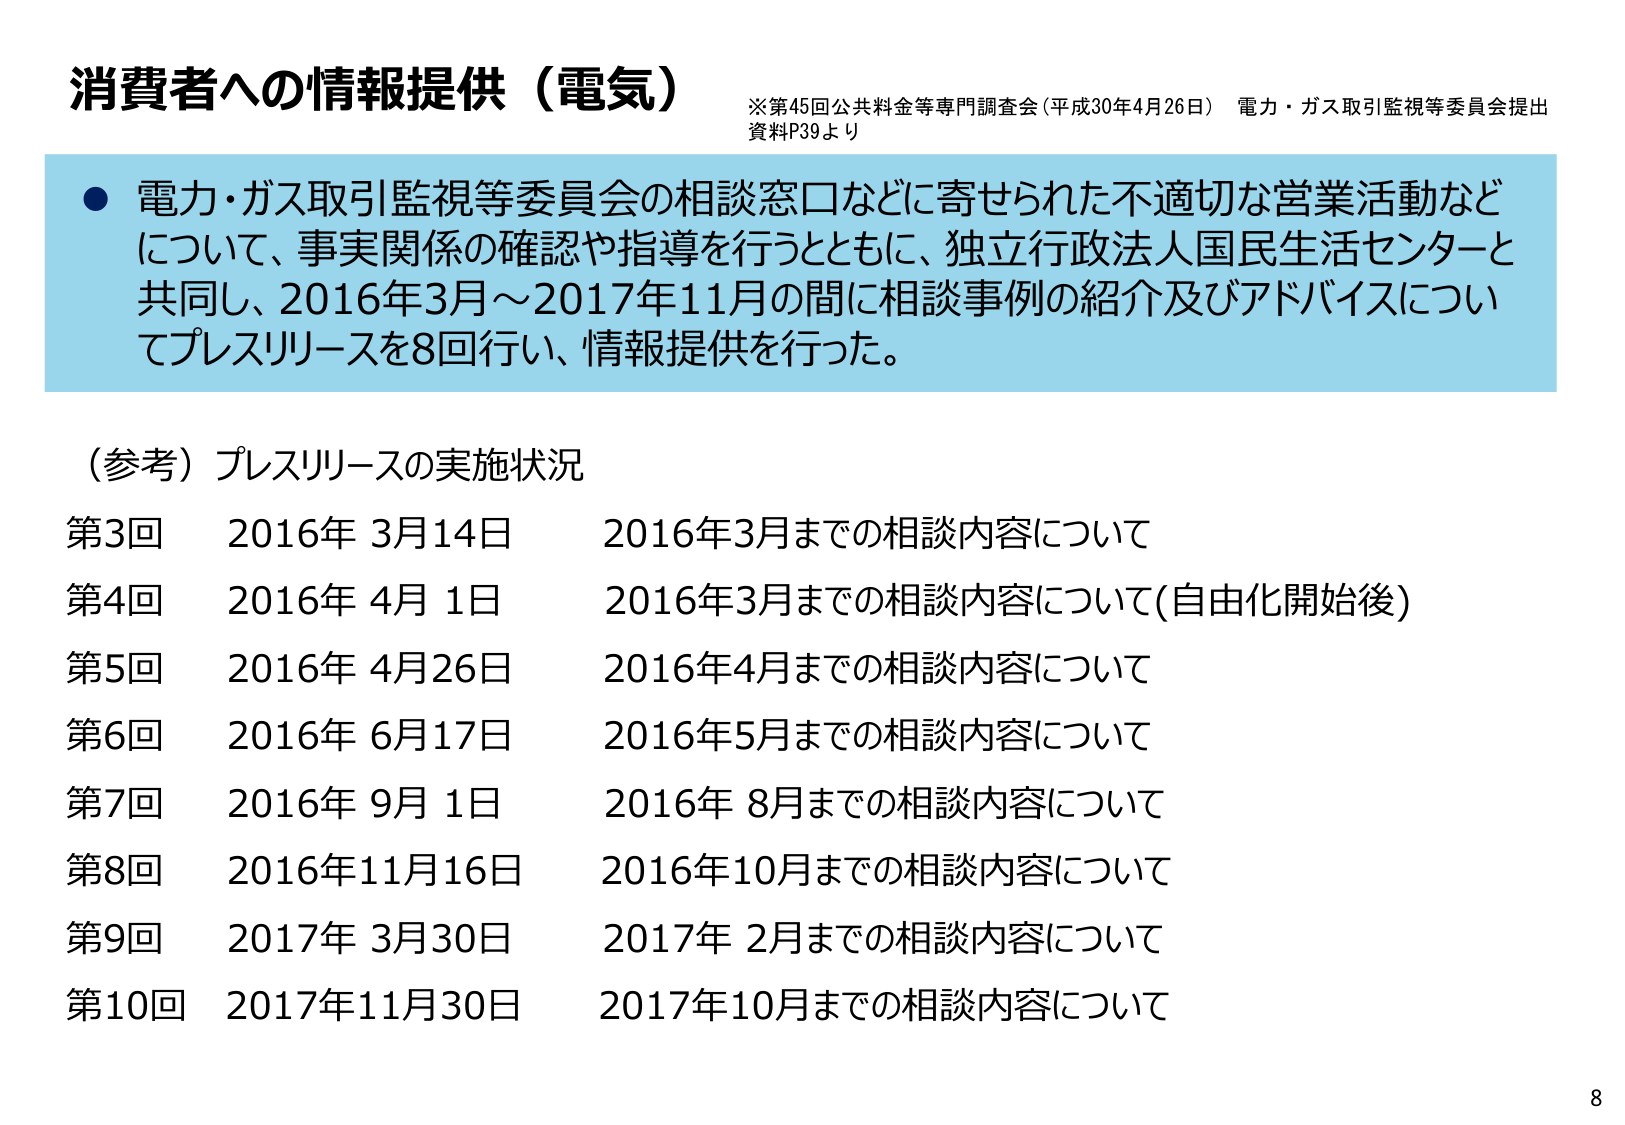
消費者への情報提供（電気）
※第45回公共料金等専門調査会（平成30年4月26日） 電力・ガス取引監視等委員会提出
資料P39より

● 電力・ガス取引監視等委員会の相談窓口などに寄せられた不適切な営業活動などについて、事実関係の確認や指導を行うとともに、独立行政法人国民生活センターと共同し、2016年3月～2017年11月の間に相談事例の紹介及びアドバイスについてプレスリリースを8回行い、情報提供を行った。

（参考）プレスリリースの実施状況
第3回　2016年 3月14日　2016年3月までの相談内容について
第4回　2016年 4月 1日　2016年3月までの相談内容について（自由化開始後）
第5回　2016年 4月26日　2016年4月までの相談内容について
第6回　2016年 6月17日　2016年5月までの相談内容について
第7回　2016年 9月 1日　2016年 8月までの相談内容について
第8回　2016年11月16日　2016年10月までの相談内容について
第9回　2017年 3月30日　2017年 2月までの相談内容について
第10回　2017年11月30日　2017年10月までの相談内容について

8